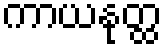
ကာယနုတ္ထ